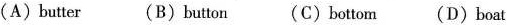
(A) butter (B) button (C) bottom (D) boat